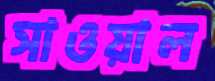
সাওয়াল